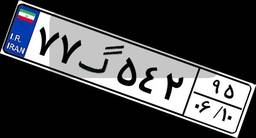
۷۷گ۵۴۲۹۵